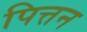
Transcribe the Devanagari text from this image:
पित्तन